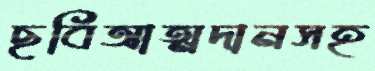
ছবিআত্মদানসহ